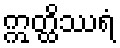
ဣတ္ထိဿရံ